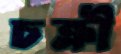
চক্রী